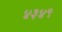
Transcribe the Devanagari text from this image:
४३४९